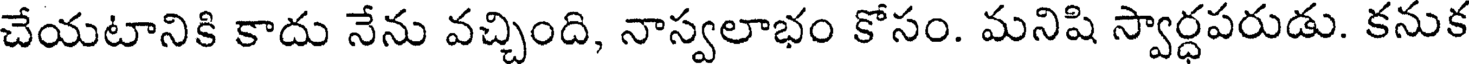
చేయటానికి కాదు నేను వచ్చింది, నాస్వలాభం కోసం. మనిషి స్వార్ధపరుడు. కనుక